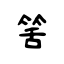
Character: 筈